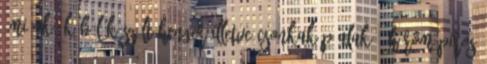
"miénk" kőböl készült henger illetve csonkakúp alakú, három piros